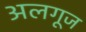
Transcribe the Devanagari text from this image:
अलगूज